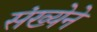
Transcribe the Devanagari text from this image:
संख्‍येने